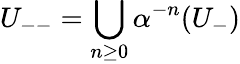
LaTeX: U_{--}=\bigcup_{n\geq 0}\alpha^{-n}(U_{-})